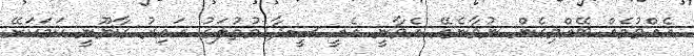
އެއްވުމެއް ބޭއްވިގެން ނުވާނެއޭ އެވާނީ އެއީ ސީދާ މުތުލަގު އައިރު ގާނޫނީ ކަމަކަށޭ